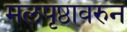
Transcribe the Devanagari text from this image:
मलपृष्ठावरुन